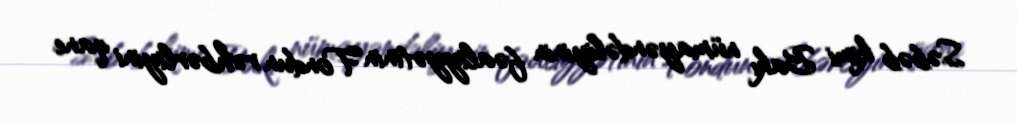
Səbəb kimi Bakı nümayəndəliyinin fəaliyyətinin Fondun rəhbərliyini qane